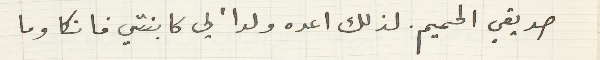
صديقي الحميم . لذلك اعده ولداً لي كابنتي فانكا وما